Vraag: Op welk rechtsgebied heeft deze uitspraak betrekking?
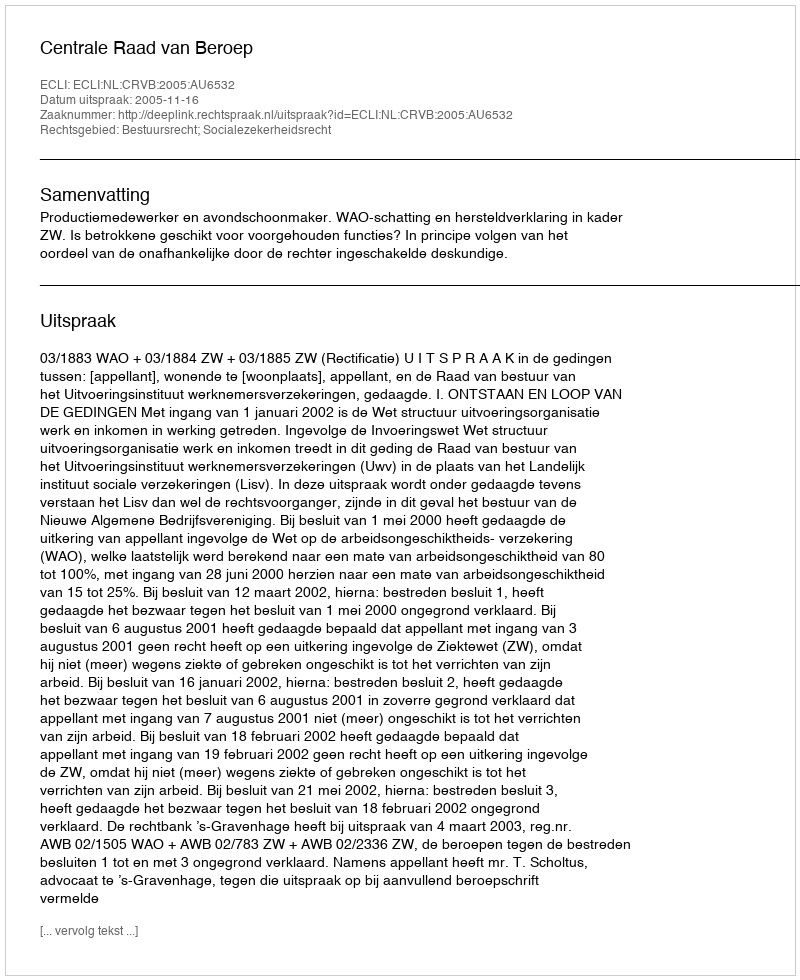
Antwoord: Bestuursrecht; Socialezekerheidsrecht